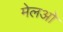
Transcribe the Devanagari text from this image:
मेलओ